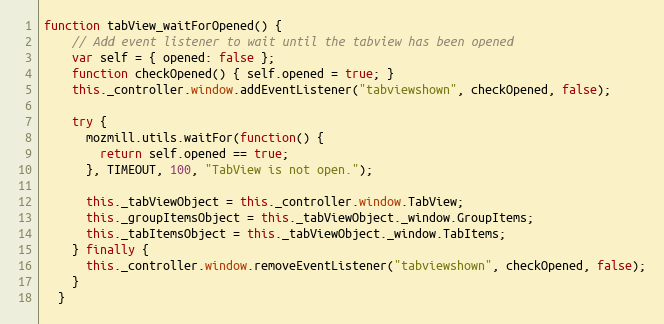
Language: JavaScript
function tabView_waitForOpened() {
    // Add event listener to wait until the tabview has been opened
    var self = { opened: false };
    function checkOpened() { self.opened = true; }
    this._controller.window.addEventListener("tabviewshown", checkOpened, false);

    try {
      mozmill.utils.waitFor(function() {
        return self.opened == true;
      }, TIMEOUT, 100, "TabView is not open.");

      this._tabViewObject = this._controller.window.TabView;
      this._groupItemsObject = this._tabViewObject._window.GroupItems;
      this._tabItemsObject = this._tabViewObject._window.TabItems;
    } finally {
      this._controller.window.removeEventListener("tabviewshown", checkOpened, false);
    }
  }